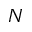
N